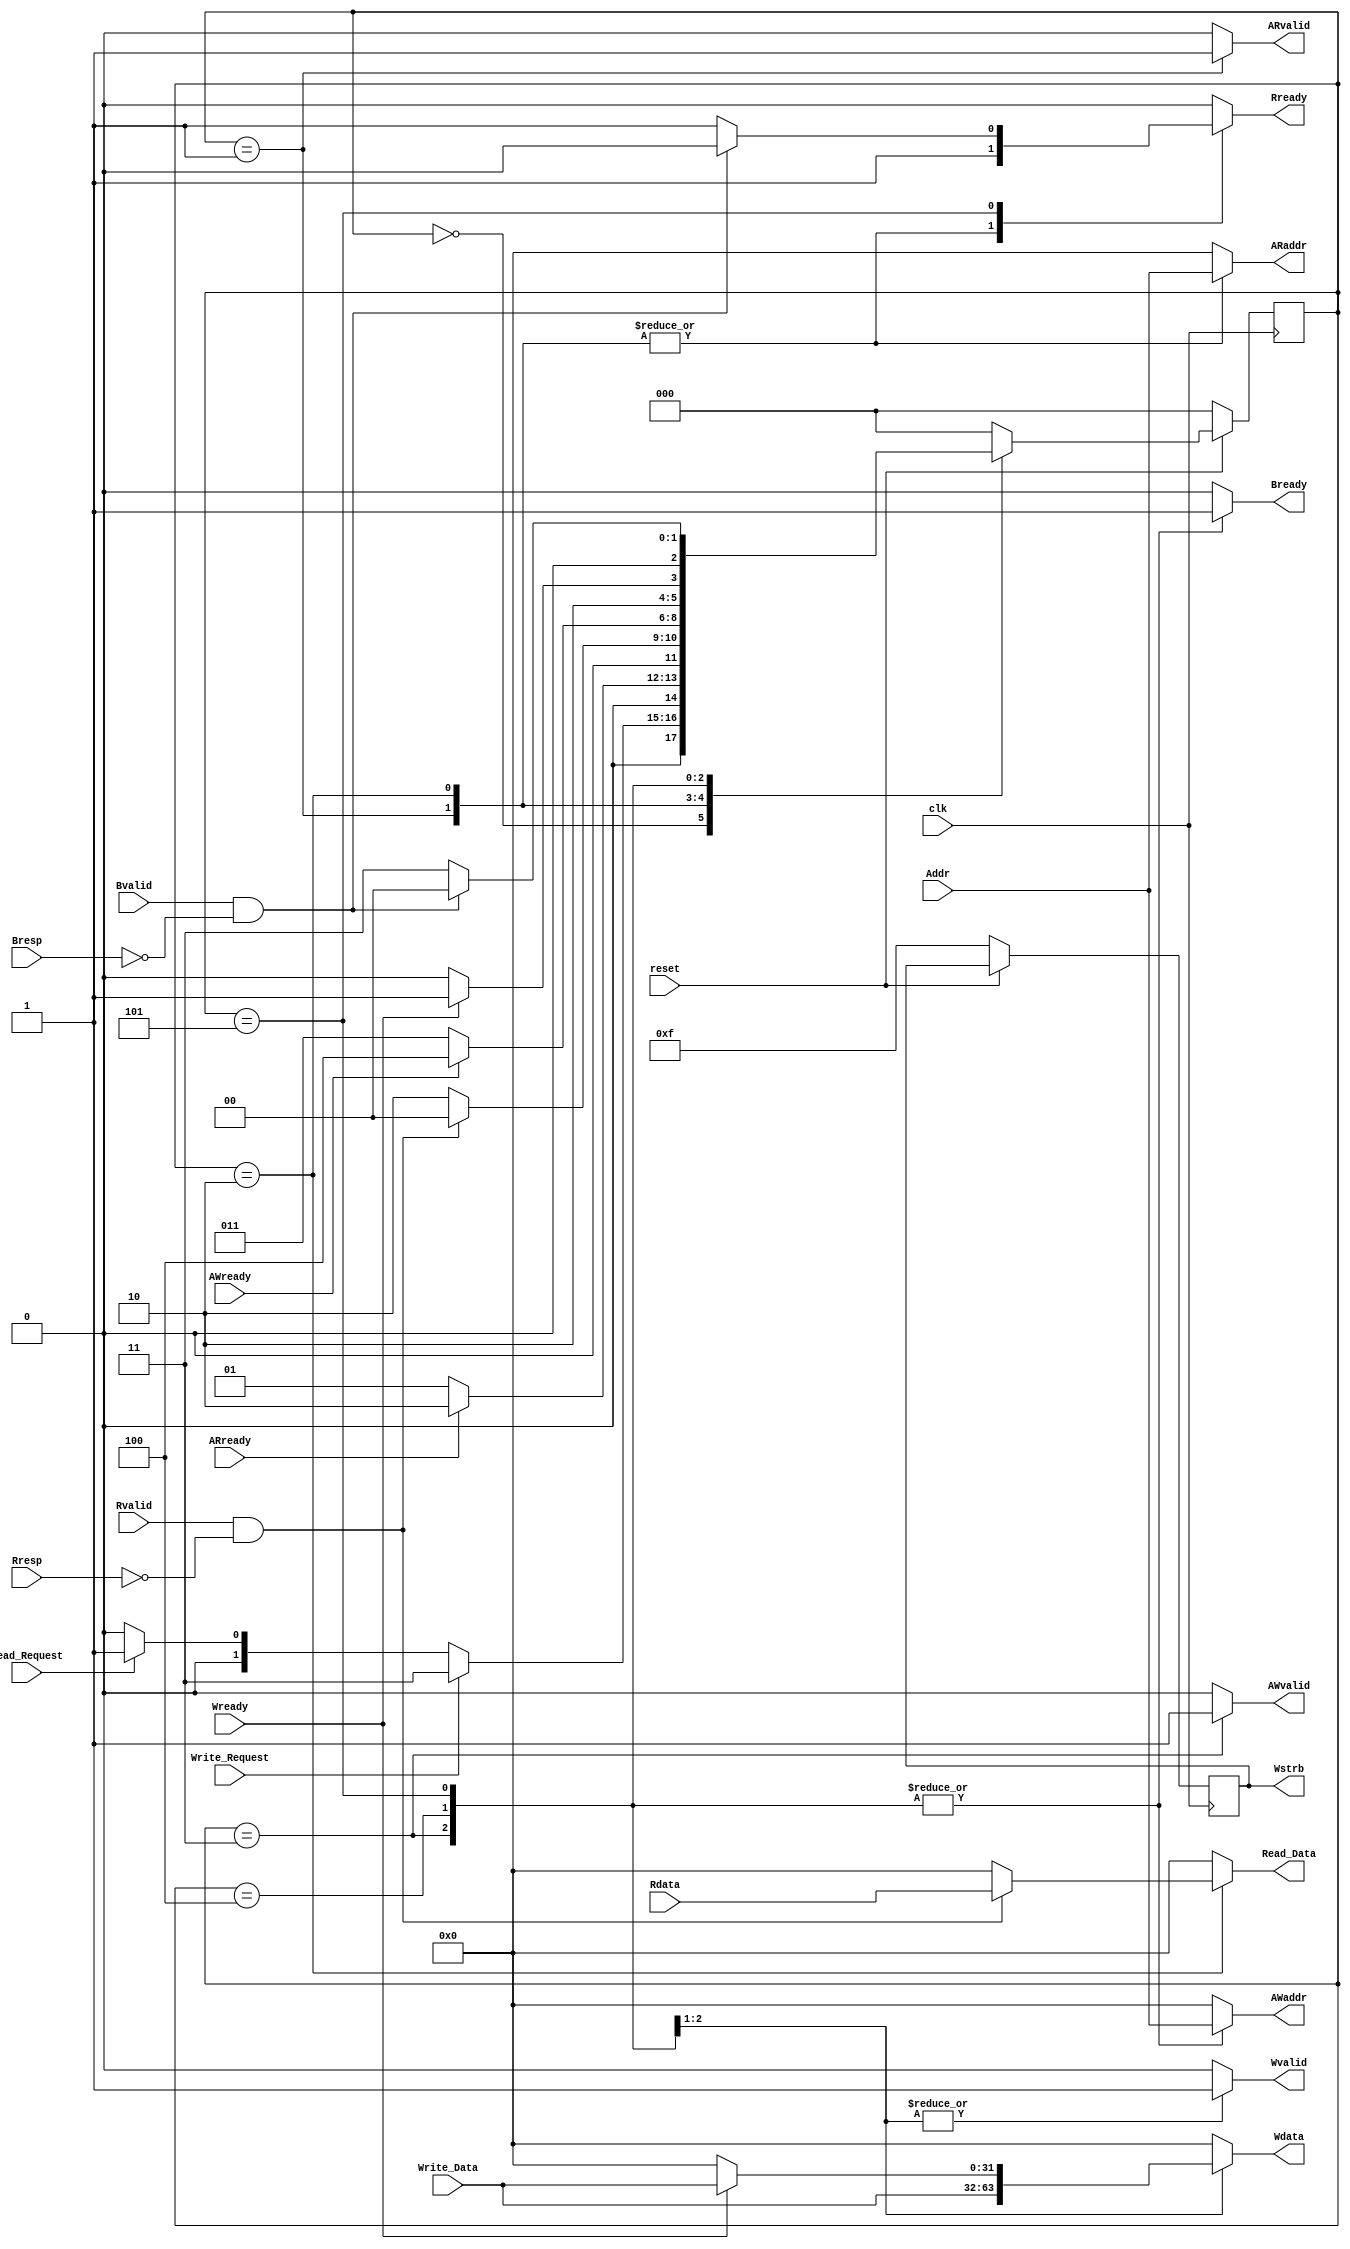
`timescale 1ns / 1ps
////////////////////////////////////////////////////////////////////////////////// 
// Design Name: 
// Module Name: AXI4_Lite_interface 
// Description:   Design AXI4_LITE interface MASTER block to connect between AXI4
//                bus and IP core
// Revision:
// Revision 1.01 - File Created
// Additional Comments: 
//////////////////////////////////////////////////////////////////////////////////
module AXI4_Lite_interface 
#(parameter data_width = 32,
  parameter IDLE = 3'b000,                  //States of Read 
  parameter Rd_Addr_channel = 3'b001,
  parameter RD_Data_channel = 3'b010,
  
  parameter Wr_Addr_channel = 3'b011,       //States of Write
  parameter Wr_Data_channel = 3'b100,
  parameter Wr_response_channel = 3'b101)
(
input clk,
input reset,

input Read_Request,             //Read request from IP 
input Write_Request,           // Write request from IP
input [31:0] Addr,             //input address from IP

output reg [data_width-1 : 0] Read_Data ,    //Read Data from AXI to IP
input  [data_width-1 : 0] Write_Data,        //Write Data from IP to AXI
//////////////////////////     AXI_lite interface ////////////////////////
/////////////////////////       (Master Block)    ////////////////////////
//Write Address
input AWready,                           //Slave is ready to receive address
output reg AWvalid,                      //Valid address (HandShake)
output reg [31:0] AWaddr,
//output  [2:0] AWprot,
 
//Write Data Channel
input Wready,                            //Slave is ready to receive Data 
output reg Wvalid,                       //Valid Data to Write (HandShake)
output reg [data_width-1 : 0] Wdata,     //Data  
output reg [data_width/8 -1 : 0] Wstrb,  //Data strobe (Default = 1)
 
//Write response
input Bvalid,                           //Response Valid (HandShake)
input [1:0] Bresp,                      //Response
output reg Bready,                      //Ready to receive Response
 
 
//Read Address
input ARready,                          //Slave is ready to receive address
output reg ARvalid,                     //Valid Address (Handshake)
output reg [31:0] ARaddr,
//output reg [2:0] ARprot ,
 
 //Read Data Channel
input Rvalid,                          //Data is valid to read (Handshake)
input [data_width-1 : 0]Rdata,         
input  [1:0] Rresp,                    //response 
output reg Rready                      //Ready to receive Data 
    );
    
reg [2:0] state,nextstate; 
 //FSM  
always@ (posedge clk)
     begin 
      if (~reset)   begin state <= IDLE;    Wstrb <= 4'hf; end   
      else state <= nextstate;    
     end
 //NOTE: Repeating signals in every State to avoid inferring latches    
always@ (*) 
    begin
     case (state)
     IDLE: begin               ///// IDLE State //////
       ARaddr = 0;
       ARvalid = 0;
       Rready = 0;
       Read_Data = 0;        
       /////////////////
       Wvalid = 0;
       AWaddr = 0;             
       Wdata = 0;
       AWvalid = 0;
       Bready = 0;
       /////////////////
       if (Write_Request)   nextstate = Wr_Addr_channel; //Write  
       else if (Read_Request) nextstate = Rd_Addr_channel;   //Read         
       else      nextstate = IDLE;                    
          end
 //////////////////////////////////////////////////////////////////////////////
      Rd_Addr_channel: begin        ////// Read Address Channel ///////
        Wvalid = 0;
        AWvalid = 0;               //In Read states all write signals are zeroes
        AWaddr = 0;             
        Wdata = 0;
        Bready = 0;
        ///////////////
        ARaddr = Addr;
        ARvalid = 1'b1;
        Rready = 1'b1; 
        Read_Data = 0;                         
        if (ARready)  nextstate =  RD_Data_channel;   //(Address HandShake)
        else   nextstate  = Rd_Addr_channel;       
                       end 
 /////////////////////////////////////////////////////////////////////////////////                         
     RD_Data_channel : begin    ///Read Data Channel ///  
        Wvalid = 0;
        AWvalid = 0;
        AWaddr = 0;             
        Wdata = 0;
        Bready = 0;
        //////////////
        ARaddr = Addr;
        ARvalid = 1'b0;
        Rready = 1'b1;
                       
        if (Rvalid  && (Rresp == 2'b00)) begin     ///(Data HandShake)
           Read_Data = Rdata;
           nextstate =  IDLE;
             end
         else   
           begin                         
           Read_Data = 0; 
           nextstate  = RD_Data_channel;   
           end        
                       end 
/////////////////////////////////////////////////////////////////////////////////                        
     Wr_Addr_channel : begin              ///Write Address Channel///
         ARaddr = 0;
         ARvalid = 0;
         Rready = 1'b0;              //In Write states all Read signals are zeroes
         Read_Data = 0; 
         //////////////// 
         Wvalid = 1;
         AWvalid = 1;
         AWaddr = Addr;
         Wdata = Write_Data;
         Bready = 1;                            
         if ( AWready) nextstate =  Wr_Data_channel;  //(Address Handshake)
         else   nextstate  = Wr_Addr_channel;                                         
                       end 
/////////////////////////////////////////////////////////////////////////////////                                  
     Wr_Data_channel : begin          ///Write Data Channel///
         ARaddr = 0;
         ARvalid = 0;
         Rready = 1'b0;
         Read_Data = 0; 
         //////////////
         AWaddr = Addr;
         AWvalid = 1'b0;
         Wvalid = 1'b1; 
         Bready = 1;
         if (Wready) begin              //(Data Handshake)
            Wdata = Write_Data;
            nextstate =  Wr_response_channel;
              end
         else   
            begin 
            Wdata = 0;
            nextstate  = Wr_Data_channel;   
            end   
                       end
 /////////////////////////////////////////////////////////////////////////////////                       
     Wr_response_channel  : begin   ///Write Response Channel///
            AWaddr = Addr;
            AWvalid = 1'b0;
            Wvalid = 1'b0;            
            Wdata = 0;
            Bready = 1;
            ///////////////
            ARaddr = 0;
            ARvalid = 0;
            Rready = 1'b1;
            Read_Data = 0; 
            ///////////////
            if (Bvalid && (Bresp == 2'b00)) begin      //Response Handshake
                Rready = 1'b0;
                nextstate =  IDLE;
                end
            else     nextstate  = Wr_Addr_channel;
                                       
              end 
/////////////////////////////////////////////////////////////////////////////////                                                  
     default     begin   Rready = 0; 
                         ARaddr = 0;
                         ARvalid = 0;
                         Read_Data = 0; 
                         ////////////////
                         Wvalid = 0;
                         AWvalid = 0;
                         AWaddr = 0;
                         Wdata = 0;
                         Bready = 0;
                         ///////////////
                         nextstate =  IDLE;  end           
     endcase
     end
   
endmodule